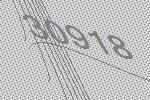
30918